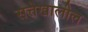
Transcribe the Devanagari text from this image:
सत्तेखालील